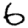
Digit: 6